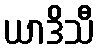
ယာဒိသီ